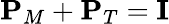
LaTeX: \mathbf{P}_{M}+\mathbf{P}_{T}=\mathbf{I}